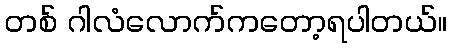
တစ် ဂါလံလောက်ကတော့ရပါတယ်။